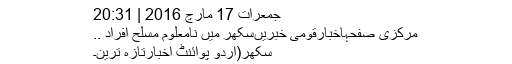
جمعرات 17 مارچ 2016 | 20:31
مرکزی صفحہاخبارقومی خبریںسکھر میں نامعلوم مسلح افراد ..
سکھر(اُردو پوائنٹ اخبارتازہ ترین۔